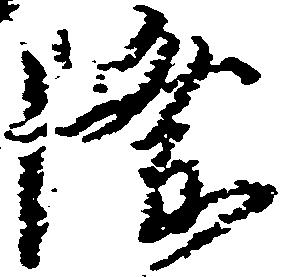
隆